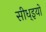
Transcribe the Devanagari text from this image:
सीध्इयों